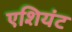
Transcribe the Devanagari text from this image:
एशियंट